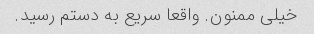
خیلی ممنون. واقعا سریع به دستم رسید.